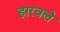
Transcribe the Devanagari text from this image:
हारवले